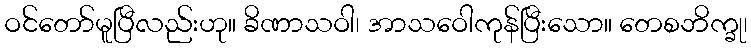
ဝင်တော်မူပြီလည်းဟု။ ခိဏာသဝါ၊ အာသဝေါကုန်ပြီးသော။ တေစဘိက္ခု၊